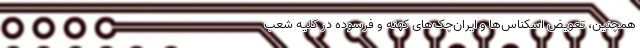
همچنین، تعویض اسکناس‌ها و ایران‌چک‌های کهنه و فرسوده در کلیه شعب